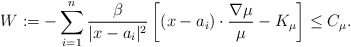
\begin{align*}W:=-\sum_{i=1}^n\frac{\beta}{|x-a_i|^2}\left[(x-a_i)\cdot\frac{\nabla\mu}{\mu}-K_\mu\right]\le C_\mu.\end{align*}